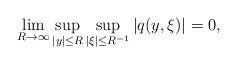
LaTeX: \begin{align*}\lim_{R \to \infty} \sup_{|y| \leq R} \sup_{|\xi| \leq R^{-1}} |q(y,\xi)| = 0, \end{align*}